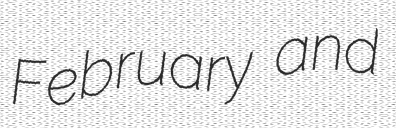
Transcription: February and